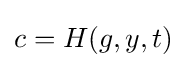
c=H(g,y,t)